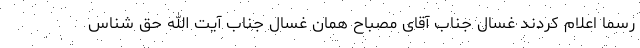
رسما اعلام کردند غسال جناب آقای مصباح همان غسال جناب آیت الله حق شناس